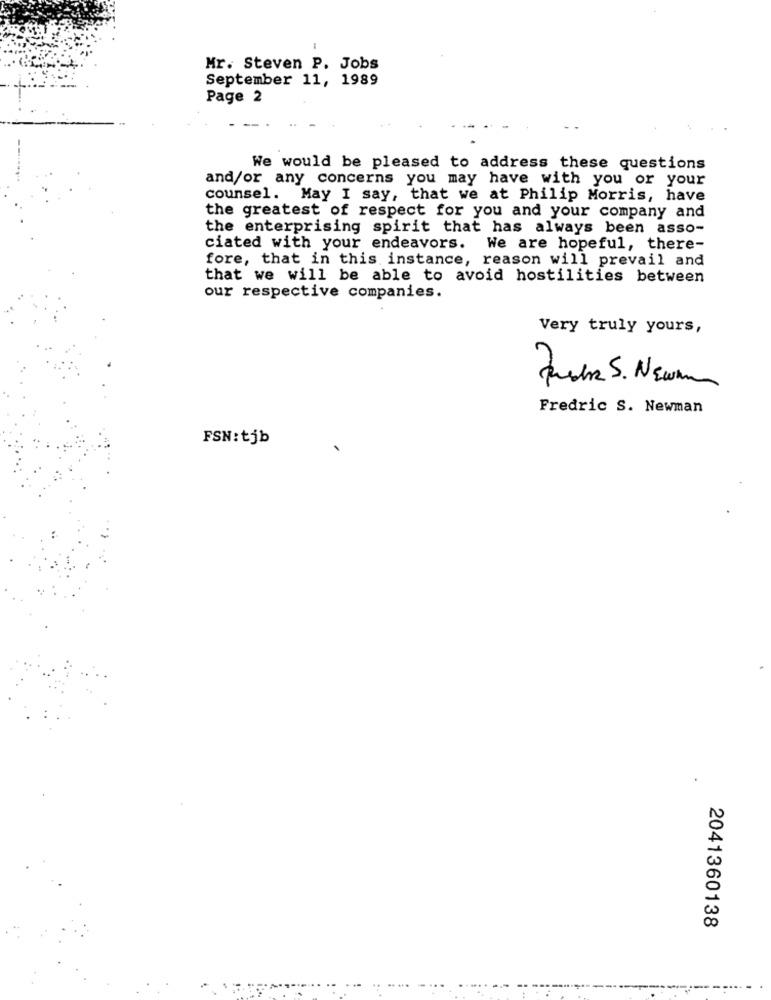
Mr. Steven P. Jobs
September 11, 1989
Page 2
We would be pleased to address these questions
and/or any concerns you may have with you or your
counsel. May I say, that we at Philip Morris, have
the greatest of respect for you and your company and
the enterprising spirit that has always been asso-
ciated with your endeavors. We are hopeful, there-
fore, that in this instance, reason will prevail and
that we will be able to avoid hostilities between
our respective companies.
Very truly yours,
Fuchs 5. Newman
Fredric S. Newman
FSN: tjb
2041360138